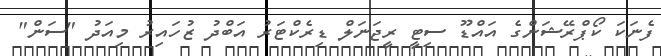
ފެނަކަ ކޯޕްރޭޝަންގެ އައްޑޫ ސިޓީ ރީޖަނަލް ޑިރެކްޓަރު އަބްދު ޒުހައިރު މިއަދު "ސަން"